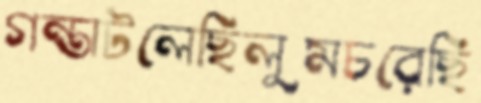
গন্তাটলেছিলুমচরেছি